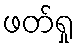
ဖတ်ရှု